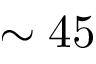
\sim 4 5